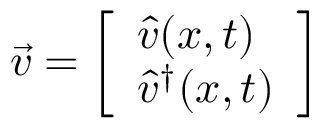
\Vec { v } = \left[ \begin{array} { l } { \hat { v } ( x , t ) } \\ { \hat { v } ^ { \dagger } ( x , t ) } \end{array} \right]